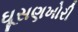
ઘૂસણખોરી